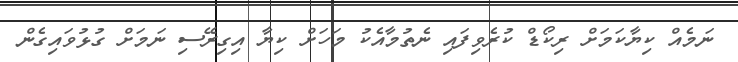
ނަމެއް ކިޔާކަމަށް ރިކޯޑް ކުރެވިފައި ނެތުމާއެކު މަހަށް ކިޔާ އިގިރޭސި ނަމަށް ގުޅުވައިގެން